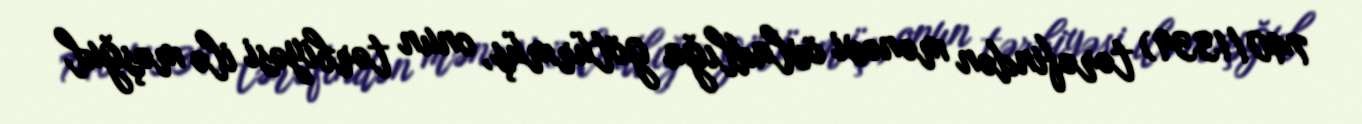
740/1339) tərəfindən mənəvi övladlığa götürmüş, onun tərbiyəsi ilə məşğul